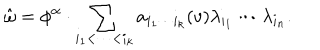
\hat { \omega } = \phi ^ { \alpha } \cdot \sum _ { i _ { 1 } < \cdots < i _ { k } } a _ { i _ { 1 } \cdots i _ { k } } ( v ) \lambda _ { i _ { 1 } } \cdots \lambda _ { i _ { n } } .